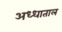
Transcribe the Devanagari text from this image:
अध्धाताल